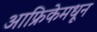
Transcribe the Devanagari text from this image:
आफ्रिकेमधून